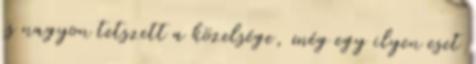
is nagyon tetszett a közelsége, még egy ilyen eset